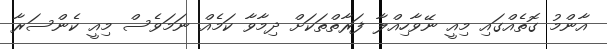
އާންމު ގޮތެއްގައި މިއީ ނޭވާހިއްލާ ފަރާތްތަކަށް ދިމާވާ ކަމެއް ނަމަވެސް މިއީ ކެންސަރާ